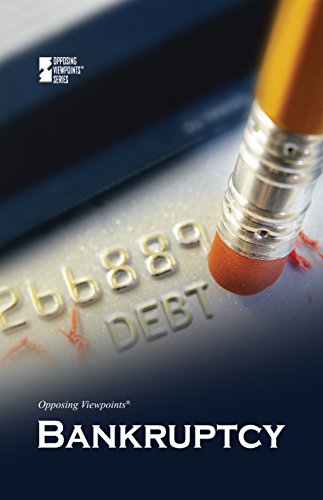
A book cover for Bankruptcy (Opposing Viewpoints); Noah Berlatsky; Teen & Young Adult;